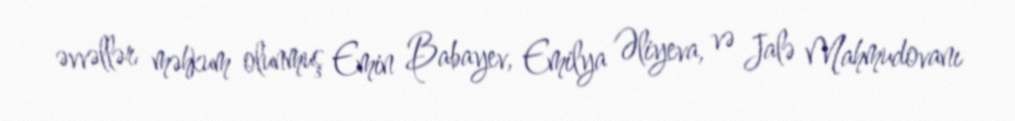
əvvəllər məhkum olunmuş Emin Babayev, Emilya Əliyeva, və Jalə Mahmudovanı